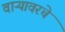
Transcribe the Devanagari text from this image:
वाऱ्यावरचे